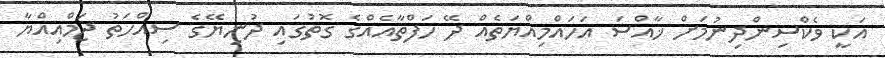
އަކީ ވެކްސިންދިނުމަށް ޚާއްސަ އަހައްމިއްޔަތެއް ދޭ ހަފްތާއެއްގެ ގޮތުގައި ދުނިޔޭގެ ސިއްހަތު ޖަމްއިއްޔާ